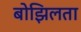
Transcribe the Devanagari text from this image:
बोझिलता